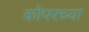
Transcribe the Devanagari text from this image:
कोपरच्या